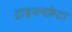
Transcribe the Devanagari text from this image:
ट्राइयमफ़ेटा